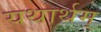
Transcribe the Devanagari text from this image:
यथार्थम्